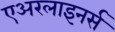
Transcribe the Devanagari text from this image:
एअरलाइनर्स